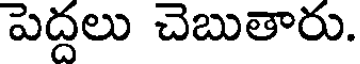
పెద్దలు చెబుతారు.